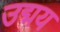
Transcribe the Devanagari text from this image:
उद्मय